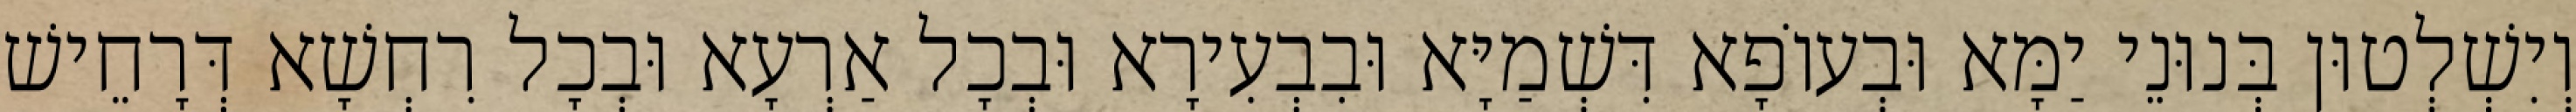
וְיִשְׁלְטוּן בְּנוּנֵי יַמָּא וּבְעוֹפָא דִּשְׁמַיָּא וּבִבְעִירָא וּבְכָל אַרְעָא וּבְכָל רִחְשָׁא דְּרָחֵישׁ